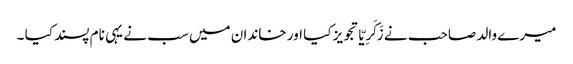
میرے والد صاحب نے زَکَرِیّا تجویز کیا اور خاندان میں سب نے یہی نام پسند کیا ۔